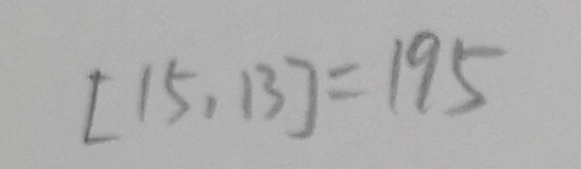
[ 1 5 , 1 3 ] = 1 9 5